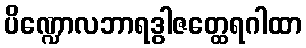
ပိဏ္ဍောလဘာရဒွါဇတ္ထေရဂါထာ